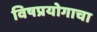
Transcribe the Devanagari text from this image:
विषप्रयोगाचा